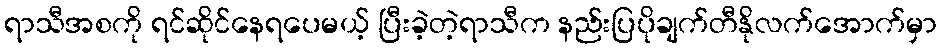
ရာသီအစကို ရင်ဆိုင်နေရပေမယ့် ပြီးခဲ့တဲ့ရာသီက နည်းပြပိုချက်တီနိုလက်အောက်မှာ